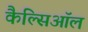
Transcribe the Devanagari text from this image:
कैल्सिऑल